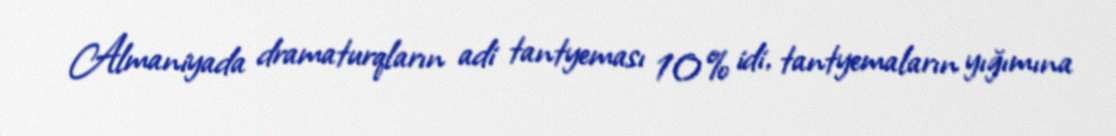
Almaniyada dramaturqların adi tantyeması 10% idi, tantyemaların yığımına